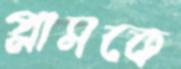
প্লাসকে